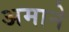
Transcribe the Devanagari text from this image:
अमाने